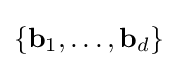
\{{\textbf {b}}_{1},\ldots ,{\textbf {b}}_{d}\}